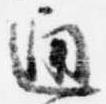
通